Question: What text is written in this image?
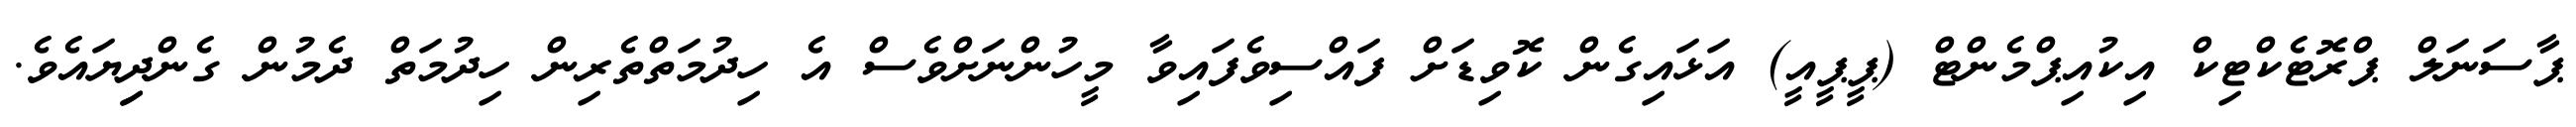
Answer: ޕާސަނަލް ޕްރޮޓެކްޓިކް އިކުއިޕްމެންޓް (ޕީޕީއީ) އަޅައިގެން ކޮވިޑަށް ފައްސިވެފައިވާ މީހުންނަށްވެސް އެ ހިދުމަތްތެރިން ހިދުމަތް ދެމުން ގެންދިިޔައެވެ.